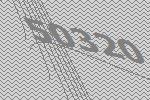
50320